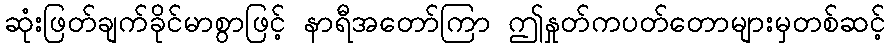
ဆုံးဖြတ်ချက်ခိုင်မာစွာဖြင့် နာရီအတော်ကြာ ဤနှုတ်ကပတ်တောများမှတစ်ဆင့်